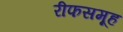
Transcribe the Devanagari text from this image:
रीफसमूह